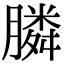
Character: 膦